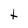
Character: t